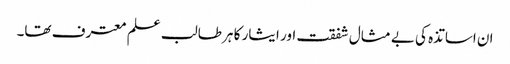
ان اساتذہ کی بے مثال شفقت اور ایثار کا ہر طالب علم معترف تھا۔